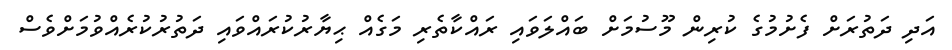
އަދި ދަތުރަށް ފެށުމުގެ ކުރިން މޫސުމަށް ބައްލަވައި ރައްކާތެރި މަގެއް ޙިޔާރުކުރައްވައި ދަތުރުކުރެއްވުމަށްވެސް